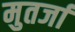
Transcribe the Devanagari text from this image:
मुतर्जा